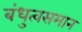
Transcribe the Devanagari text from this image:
बंधुत्वसमान